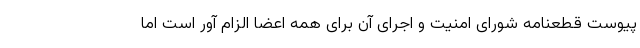
پیوست قطعنامه شورای امنیت و اجرای آن برای همه اعضا الزام آور است اما